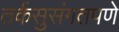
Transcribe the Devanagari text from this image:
तर्कसुसंगतपणे